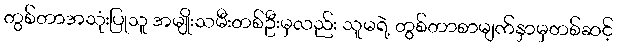
တွစ်တာအသုံးပြုသူ အမျိုးသမီးတစ်ဦးမှလည်း သူမရဲ့ တွစ်တာစာမျက်နှာမှတစ်ဆင့်